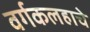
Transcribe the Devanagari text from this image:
वर्गकलहाचे